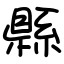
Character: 縣